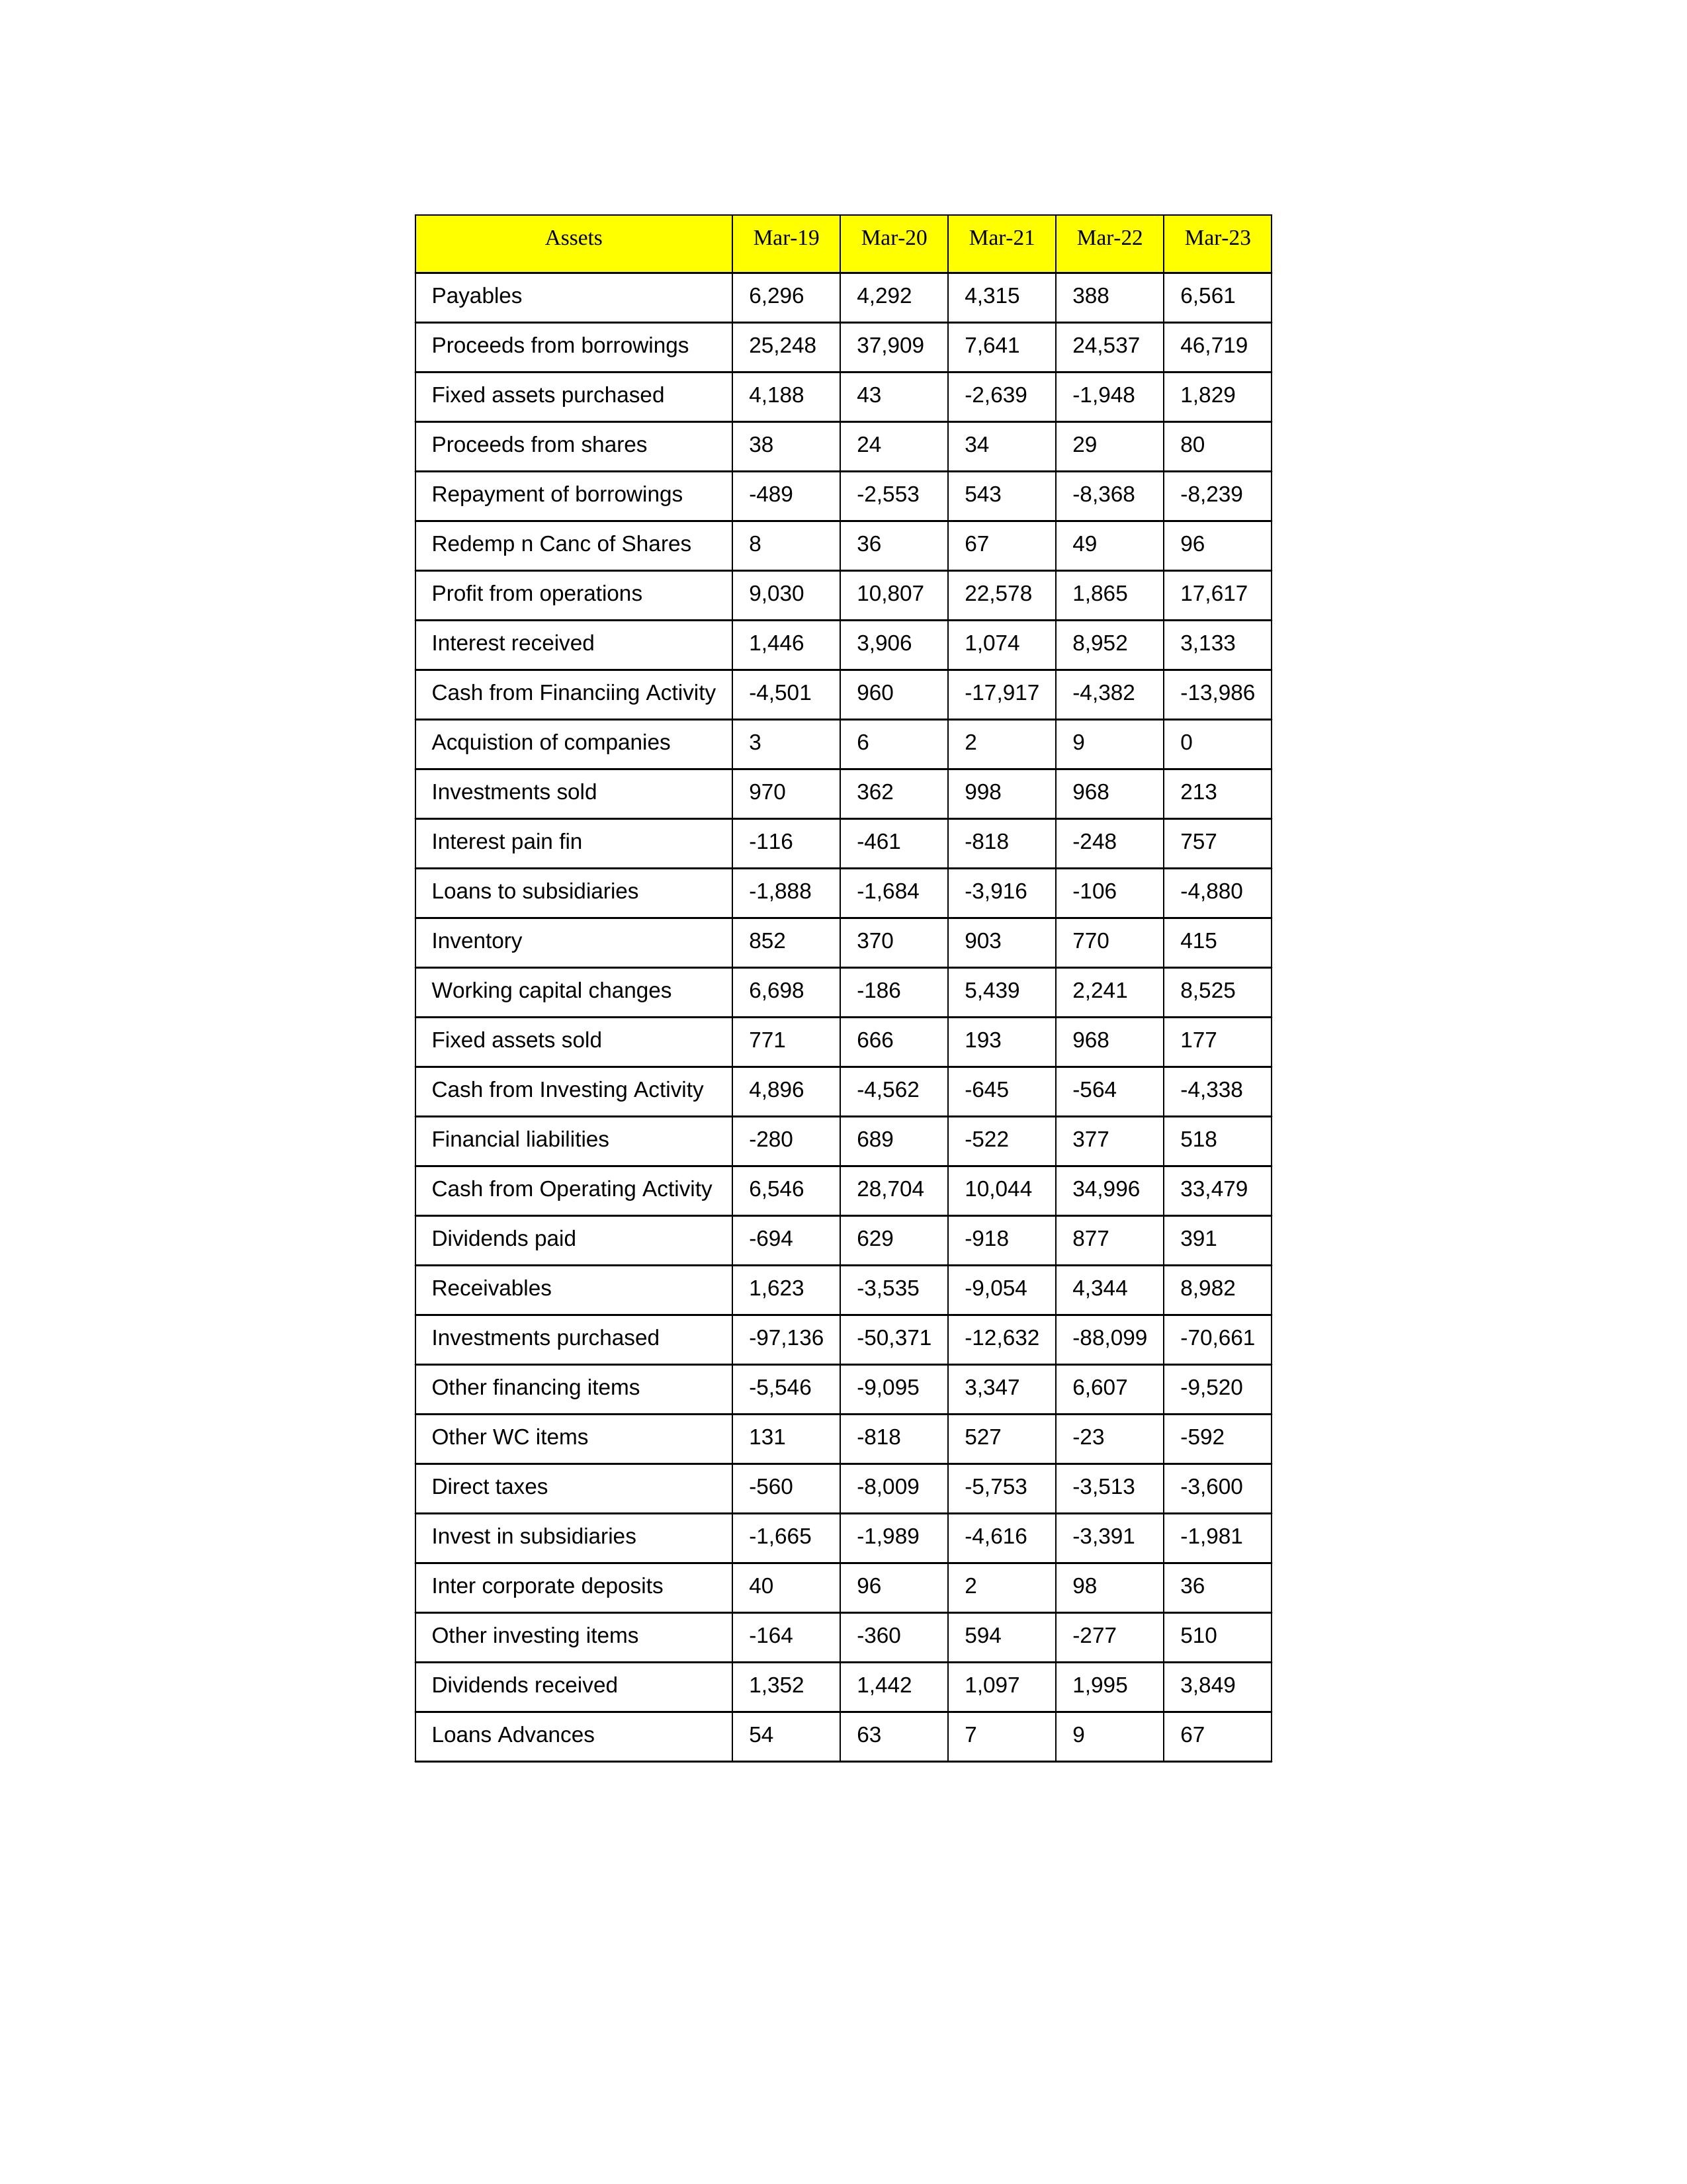
gt_parse: Mar-19: Cash from Operating Activity: 6,546
Profit from operations: 9,030
Receivables: 1,623
Inventory: 852
Payables: 6,296
Loans Advances: 54
Other WC items: 131
Working capital changes: 6,698
Direct taxes: -560
Cash from Investing Activity: 4,896
Fixed assets purchased: 4,188
Fixed assets sold: 771
Investments purchased: -97,136
Investments sold: 970
Interest received: 1,446
Dividends received: 1,352
Invest in subsidiaries: -1,665
Loans to subsidiaries: -1,888
Redemp n Canc of Shares: 8
Acquistion of companies: 3
Inter corporate deposits: 40
Other investing items: -164
Cash from Financiing Activity: -4,501
Proceeds from shares: 38
Proceeds from borrowings: 25,248
Repayment of borrowings: -489
Interest pain fin: -116
Dividends paid: -694
Financial liabilities: -280
Other financing items: -5,546
Mar-20: Cash from Operating Activity: 28,704
Profit from operations: 10,807
Receivables: -3,535
Inventory: 370
Payables: 4,292
Loans Advances: 63
Other WC items: -818
Working capital changes: -186
Direct taxes: -8,009
Cash from Investing Activity: -4,562
Fixed assets purchased: 43
Fixed assets sold: 666
Investments purchased: -50,371
Investments sold: 362
Interest received: 3,906
Dividends received: 1,442
Invest in subsidiaries: -1,989
Loans to subsidiaries: -1,684
Redemp n Canc of Shares: 36
Acquistion of companies: 6
Inter corporate deposits: 96
Other investing items: -360
Cash from Financiing Activity: 960
Proceeds from shares: 24
Proceeds from borrowings: 37,909
Repayment of borrowings: -2,553
Interest pain fin: -461
Dividends paid: 629
Financial liabilities: 689
Other financing items: -9,095
Mar-21: Cash from Operating Activity: 10,044
Profit from operations: 22,578
Receivables: -9,054
Inventory: 903
Payables: 4,315
Loans Advances: 7
Other WC items: 527
Working capital changes: 5,439
Direct taxes: -5,753
Cash from Investing Activity: -645
Fixed assets purchased: -2,639
Fixed assets sold: 193
Investments purchased: -12,632
Investments sold: 998
Interest received: 1,074
Dividends received: 1,097
Invest in subsidiaries: -4,616
Loans to subsidiaries: -3,916
Redemp n Canc of Shares: 67
Acquistion of companies: 2
Inter corporate deposits: 2
Other investing items: 594
Cash from Financiing Activity: -17,917
Proceeds from shares: 34
Proceeds from borrowings: 7,641
Repayment of borrowings: 543
Interest pain fin: -818
Dividends paid: -918
Financial liabilities: -522
Other financing items: 3,347
Mar-22: Cash from Operating Activity: 34,996
Profit from operations: 1,865
Receivables: 4,344
Inventory: 770
Payables: 388
Loans Advances: 9
Other WC items: -23
Working capital changes: 2,241
Direct taxes: -3,513
Cash from Investing Activity: -564
Fixed assets purchased: -1,948
Fixed assets sold: 968
Investments purchased: -88,099
Investments sold: 968
Interest received: 8,952
Dividends received: 1,995
Invest in subsidiaries: -3,391
Loans to subsidiaries: -106
Redemp n Canc of Shares: 49
Acquistion of companies: 9
Inter corporate deposits: 98
Other investing items: -277
Cash from Financiing Activity: -4,382
Proceeds from shares: 29
Proceeds from borrowings: 24,537
Repayment of borrowings: -8,368
Interest pain fin: -248
Dividends paid: 877
Financial liabilities: 377
Other financing items: 6,607
Mar-23: Cash from Operating Activity: 33,479
Profit from operations: 17,617
Receivables: 8,982
Inventory: 415
Payables: 6,561
Loans Advances: 67
Other WC items: -592
Working capital changes: 8,525
Direct taxes: -3,600
Cash from Investing Activity: -4,338
Fixed assets purchased: 1,829
Fixed assets sold: 177
Investments purchased: -70,661
Investments sold: 213
Interest received: 3,133
Dividends received: 3,849
Invest in subsidiaries: -1,981
Loans to subsidiaries: -4,880
Redemp n Canc of Shares: 96
Acquistion of companies: 0
Inter corporate deposits: 36
Other investing items: 510
Cash from Financiing Activity: -13,986
Proceeds from shares: 80
Proceeds from borrowings: 46,719
Repayment of borrowings: -8,239
Interest pain fin: 757
Dividends paid: 391
Financial liabilities: 518
Other financing items: -9,520